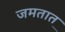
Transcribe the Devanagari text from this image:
जमतात़